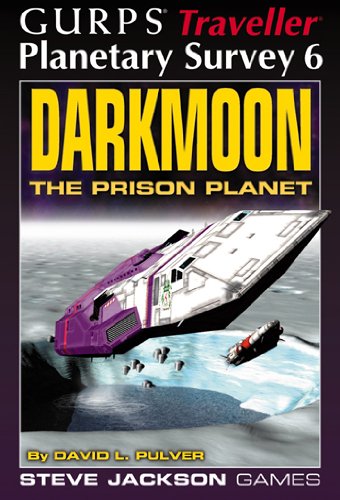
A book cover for Darkmoon: The Prison Planet, GURPS Traveller Planetary Survey 6; David Pulver; Science Fiction & Fantasy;